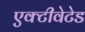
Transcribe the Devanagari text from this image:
एक्टीवेटेड